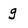
Character: g